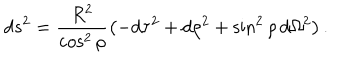
d s ^ { 2 } = \frac { R ^ { 2 } } { \cos ^ { 2 } { \rho } } \left( - d \tau ^ { 2 } + d \rho ^ { 2 } + \sin ^ { 2 } { \rho } \, d \Omega ^ { 2 } \right) .